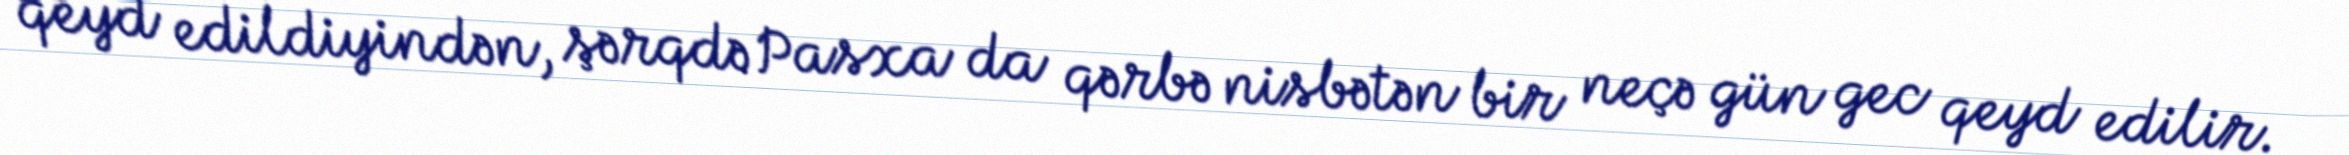
qeyd edildiyindən, şərqdə Pasxa da qərbə nisbətən bir neçə gün gec qeyd edilir.